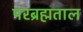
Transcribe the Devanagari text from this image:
परब्रह्मताल